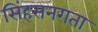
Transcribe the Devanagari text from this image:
सिंहसनगता